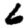
Digit: 6